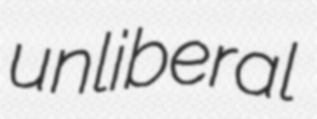
unliberal